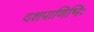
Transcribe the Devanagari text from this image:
दशपाणिभिः